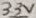
Text: 3.3V